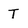
Character: T